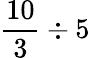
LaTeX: {\frac{10}{3}}\div 5